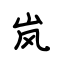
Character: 岚